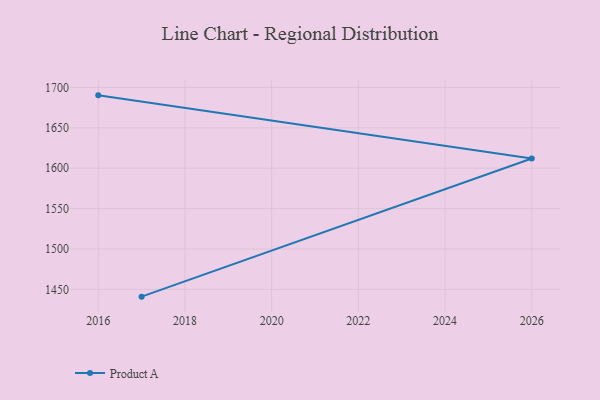
{"axis": {"x": "Year", "y": "Humidity (%)"}, "legend": ["Product A"], "data": [{"x": "2016", "y": 1690.2, "type": "Product A"}, {"x": "2026", "y": 1612.1, "type": "Product A"}, {"x": "2017", "y": 1441.0, "type": "Product A"}]}